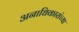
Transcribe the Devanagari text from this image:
अनाधिकारांच्या